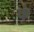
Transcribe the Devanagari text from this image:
फं